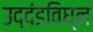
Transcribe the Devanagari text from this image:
उद्दंडविघ्न